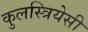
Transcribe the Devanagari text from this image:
कुलस्त्रियेसी